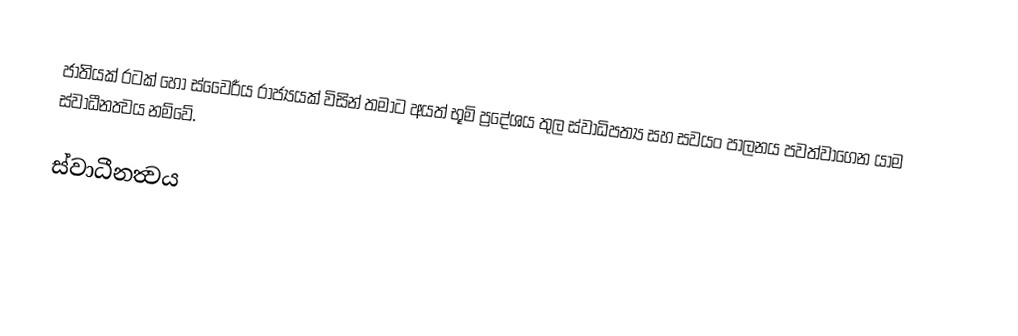
ජාතියක් රටක් හෝ ස්වෛරීය රාජ්‍යයක් විසින් තමාට අයත් භූමි ප්‍රදේශය තුල ස්වාධිපත්‍ය සහ සවයං පාලනය පවත්වාගෙන යාම  ස්වාධීනත්‍වය නම්වේ.

ස්වාධීනත්‍වය